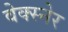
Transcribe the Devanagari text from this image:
वेक्स्नेर